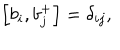
\left[ b _ { i } , b _ { j } ^ { + } \right] = \delta _ { i j } ,